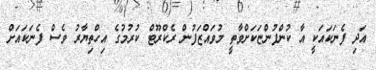
އަދި ފެނަކައަކީ އާ ކުންފުންޏަކަށްވާތީ މުވައްޒަފުން ރެކްރޫޓް ކުރުމުގެ އިހްތިޔާރު ވެސް ފެނަކައަށް